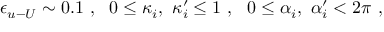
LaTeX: \epsilon _ { u { \mathrm { - } } U } \sim 0 . 1 ~ , ~ ~ 0 \leq \kappa _ { i } , ~ \kappa _ { i } ^ { \prime } \leq 1 ~ , ~ ~ 0 \leq \alpha _ { i } , ~ \alpha _ { i } ^ { \prime } < 2 \pi ~ , ~ ~